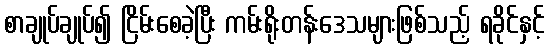
စာချုပ်ချုပ်၍ ငြိမ်းစေခဲ့ပြီး ကမ်းရိုးတန်းဒေသများဖြစ်သည့် ရခိုင်နှင့်